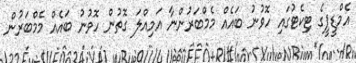
އެމްޑީޕީގެ ޓިކެޓުގައި ހޮވުނު ބައެއް މެމްބަރުންނާ އަމިއްލަ ގޮތުން ހޮވުނު ބައެއް މެމްބަރުން